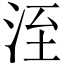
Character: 洷